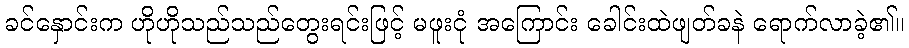
ခင်နှောင်းက ဟိုဟိုသည်သည်တွေးရင်းဖြင့် မဖူးငုံ အကြောင်း ခေါင်းထဲဖျတ်ခနဲ ရောက်လာခဲ့၏။